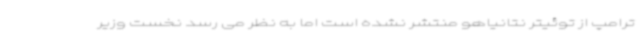
ترامپ از توئیتر نتانیاهو منتشر نشده است اما به نظر می رسد نخست وزیر